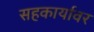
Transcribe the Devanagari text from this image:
सहकार्यावर